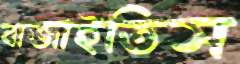
বাজাইতিস